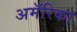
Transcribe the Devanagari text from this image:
अमॅरिका